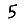
Digit: 5